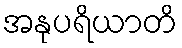
အနုပရိယာတိ